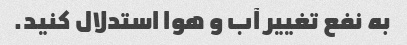
به نفع تغییر آب و هوا استدلال کنید.